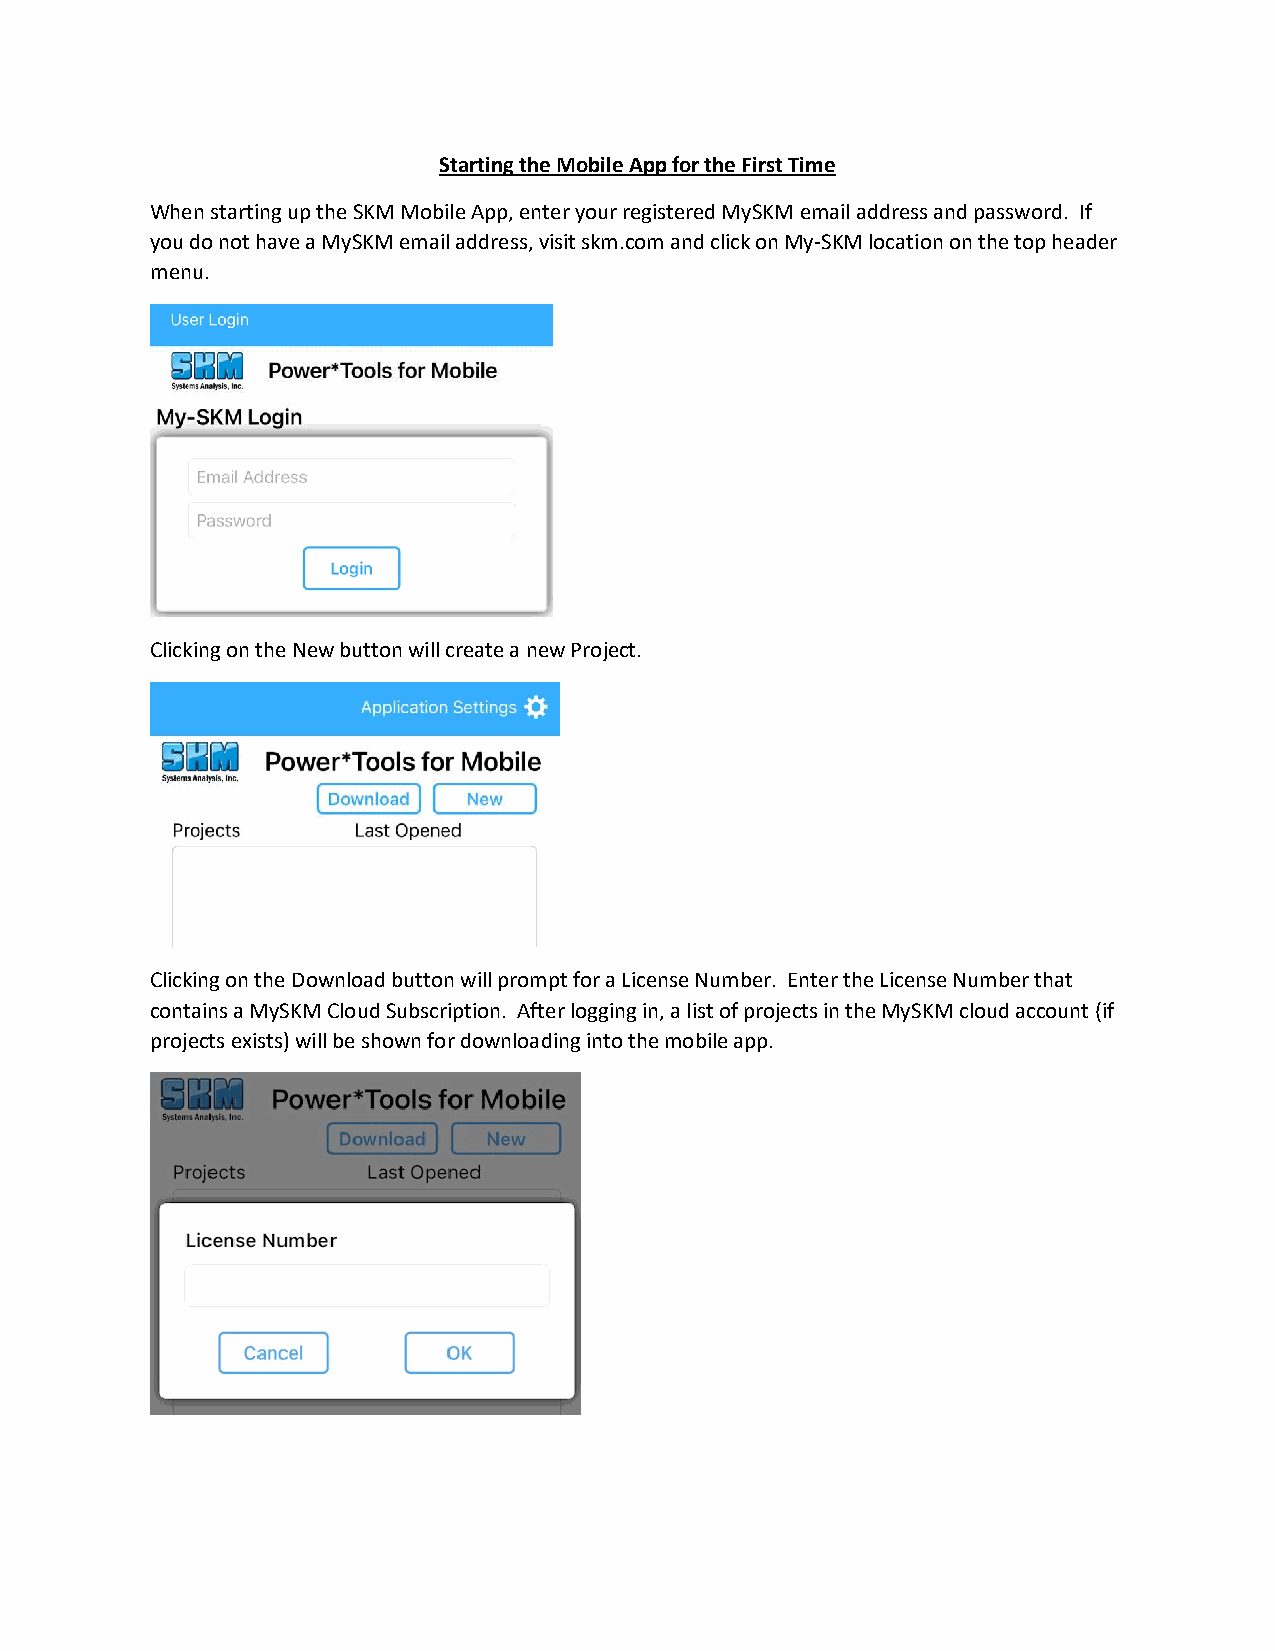
Starting the Mobile App for the First Time
 When starting up the SKM Mobile App, enter your registered MySKM email address and password. If
 you do not have a MySKM email address, visit skm.com and click on My-SKM location on the top header
 menu.
 Clicking on the New button will create a new Project.
 Clicking on the Download button will prompt for a License Number. Enter the License Number that
 contains a MySKM Cloud Subscription. After logging in, a list of projects in the MySKM cloud account (if
 projects exists) will be shown for downloading into the mobile app.